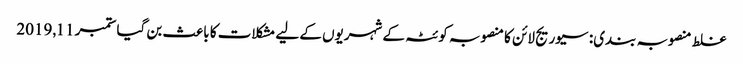
غلط منصوبہ بندی: سیوریج لائن کا منصوبہ کوئٹہ کے شہریوں کے لیے مشکلات کا باعث بن گیا ستمبر 11, 2019